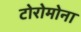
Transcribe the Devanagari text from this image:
टोरोमोना